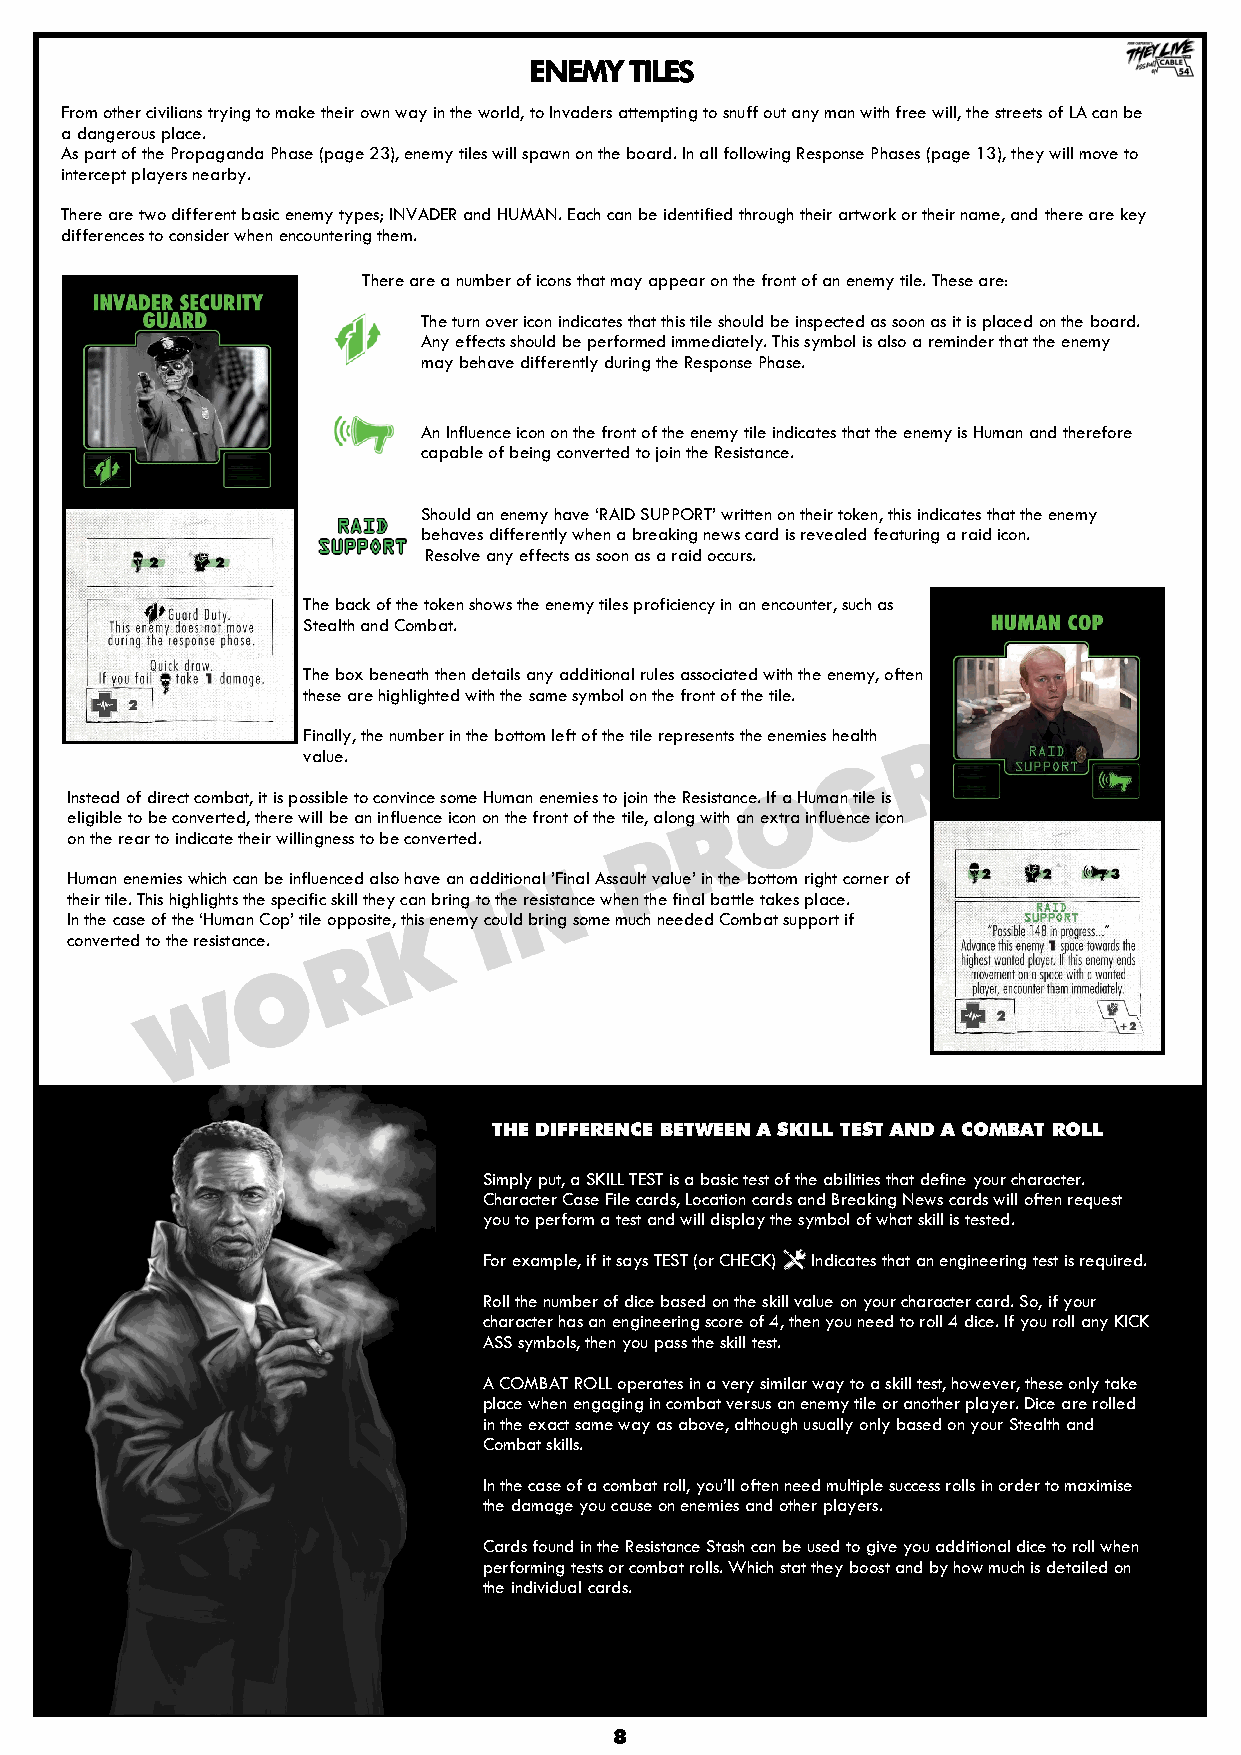
ENEMY  TILES
 From other civilians trying to make their own way in the world, to Invaders attempting to snuff out any man with free will, the streets of LA can be
 a dangerous place.
 As part of the Propaganda Phase (page 23), enemy tiles will spawn on the board. In all following Response Phases (page 13), they will move to
 intercept players nearby.
 There are two different basic enemy types; INVADER and HUMAN. Each can be identified through their artwork or their name, and there are key
 differences to consider when encountering them.
 There are a number of icons that may appear on the front of an enemy tile. These are:
 The turn over icon indicates that this tile should be inspected as soon as it is placed on the board.
 Any effects should be performed immediately. This symbol is also a reminder that the enemy
 may behave differently during the Response Phase.
 An Influence icon on the front of the enemy tile indicates that the enemy is Human and therefore
 capable of being converted to join the Resistance.
 Should an enemy have „RAID SUPPORT‟ written on their token, this indicates that the enemy
 behaves differently when a breaking news card is revealed featuring a raid icon.
 Resolve any effects as soon as a raid occurs.
 The back of the token shows the enemy tiles proficiency in an encounter, such as
 Stealth and Combat.
 The box beneath then details any additional rules associated with the enemy, often
 these are highlighted with the same symbol on the front of the tile.
 Finally, the number in the bottom left of the tile represents the enemies health
 value.
 Instead of direct combat, it is possible to convince some Human enemies to join the Resistance. If a Human tile is
 eligible to be converted, there will be an influence icon on the front of the tile, along with an extra influence icon
 on the rear to indicate their willingness to be converted.
 Human enemies which can be influenced also have an additional ‟Final Assault value‟ in the bottom right corner of
 their tile. This highlights the specific skill they can bring to the resistance when the final battle takes place.
 In the case of the „Human Cop‟ tile opposite, this enemy could bring some much needed Combat support if
 converted to the resistance.
 THE DIFFERENCE BETWEEN A SKILL TEST AND A COMBAT ROLL
 Simply put, a SKILL TEST is a basic test of the abilities that define your character.
 Character Case File cards, Location cards and Breaking News cards will often request
 you to perform a test and will display the symbol of what skill is tested.
 For example, if it says TEST (or CHECK) Indicates that an engineering test is required.
 Roll the number of dice based on the skill value on your character card. So, if your
 character has an engineering score of 4, then you need to roll 4 dice. If you roll any KICK
 ASS symbols, then you pass the skill test.
 A COMBAT ROLL operates in a very similar way to a skill test, however, these only take
 place when engaging in combat versus an enemy tile or another player. Dice are rolled
 in the exact same way as above, although usually only based on your Stealth and
 Combat skills.
 In the case of a combat roll, you‟ll often need multiple success rolls in order to maximise
 the damage you cause on enemies and other players.
 Cards found in the Resistance Stash can be used to give you additional dice to roll when
 performing tests or combat rolls. Which stat they boost and by how much is detailed on
 the individual cards.
 8